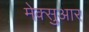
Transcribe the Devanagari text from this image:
मेक्सुआर